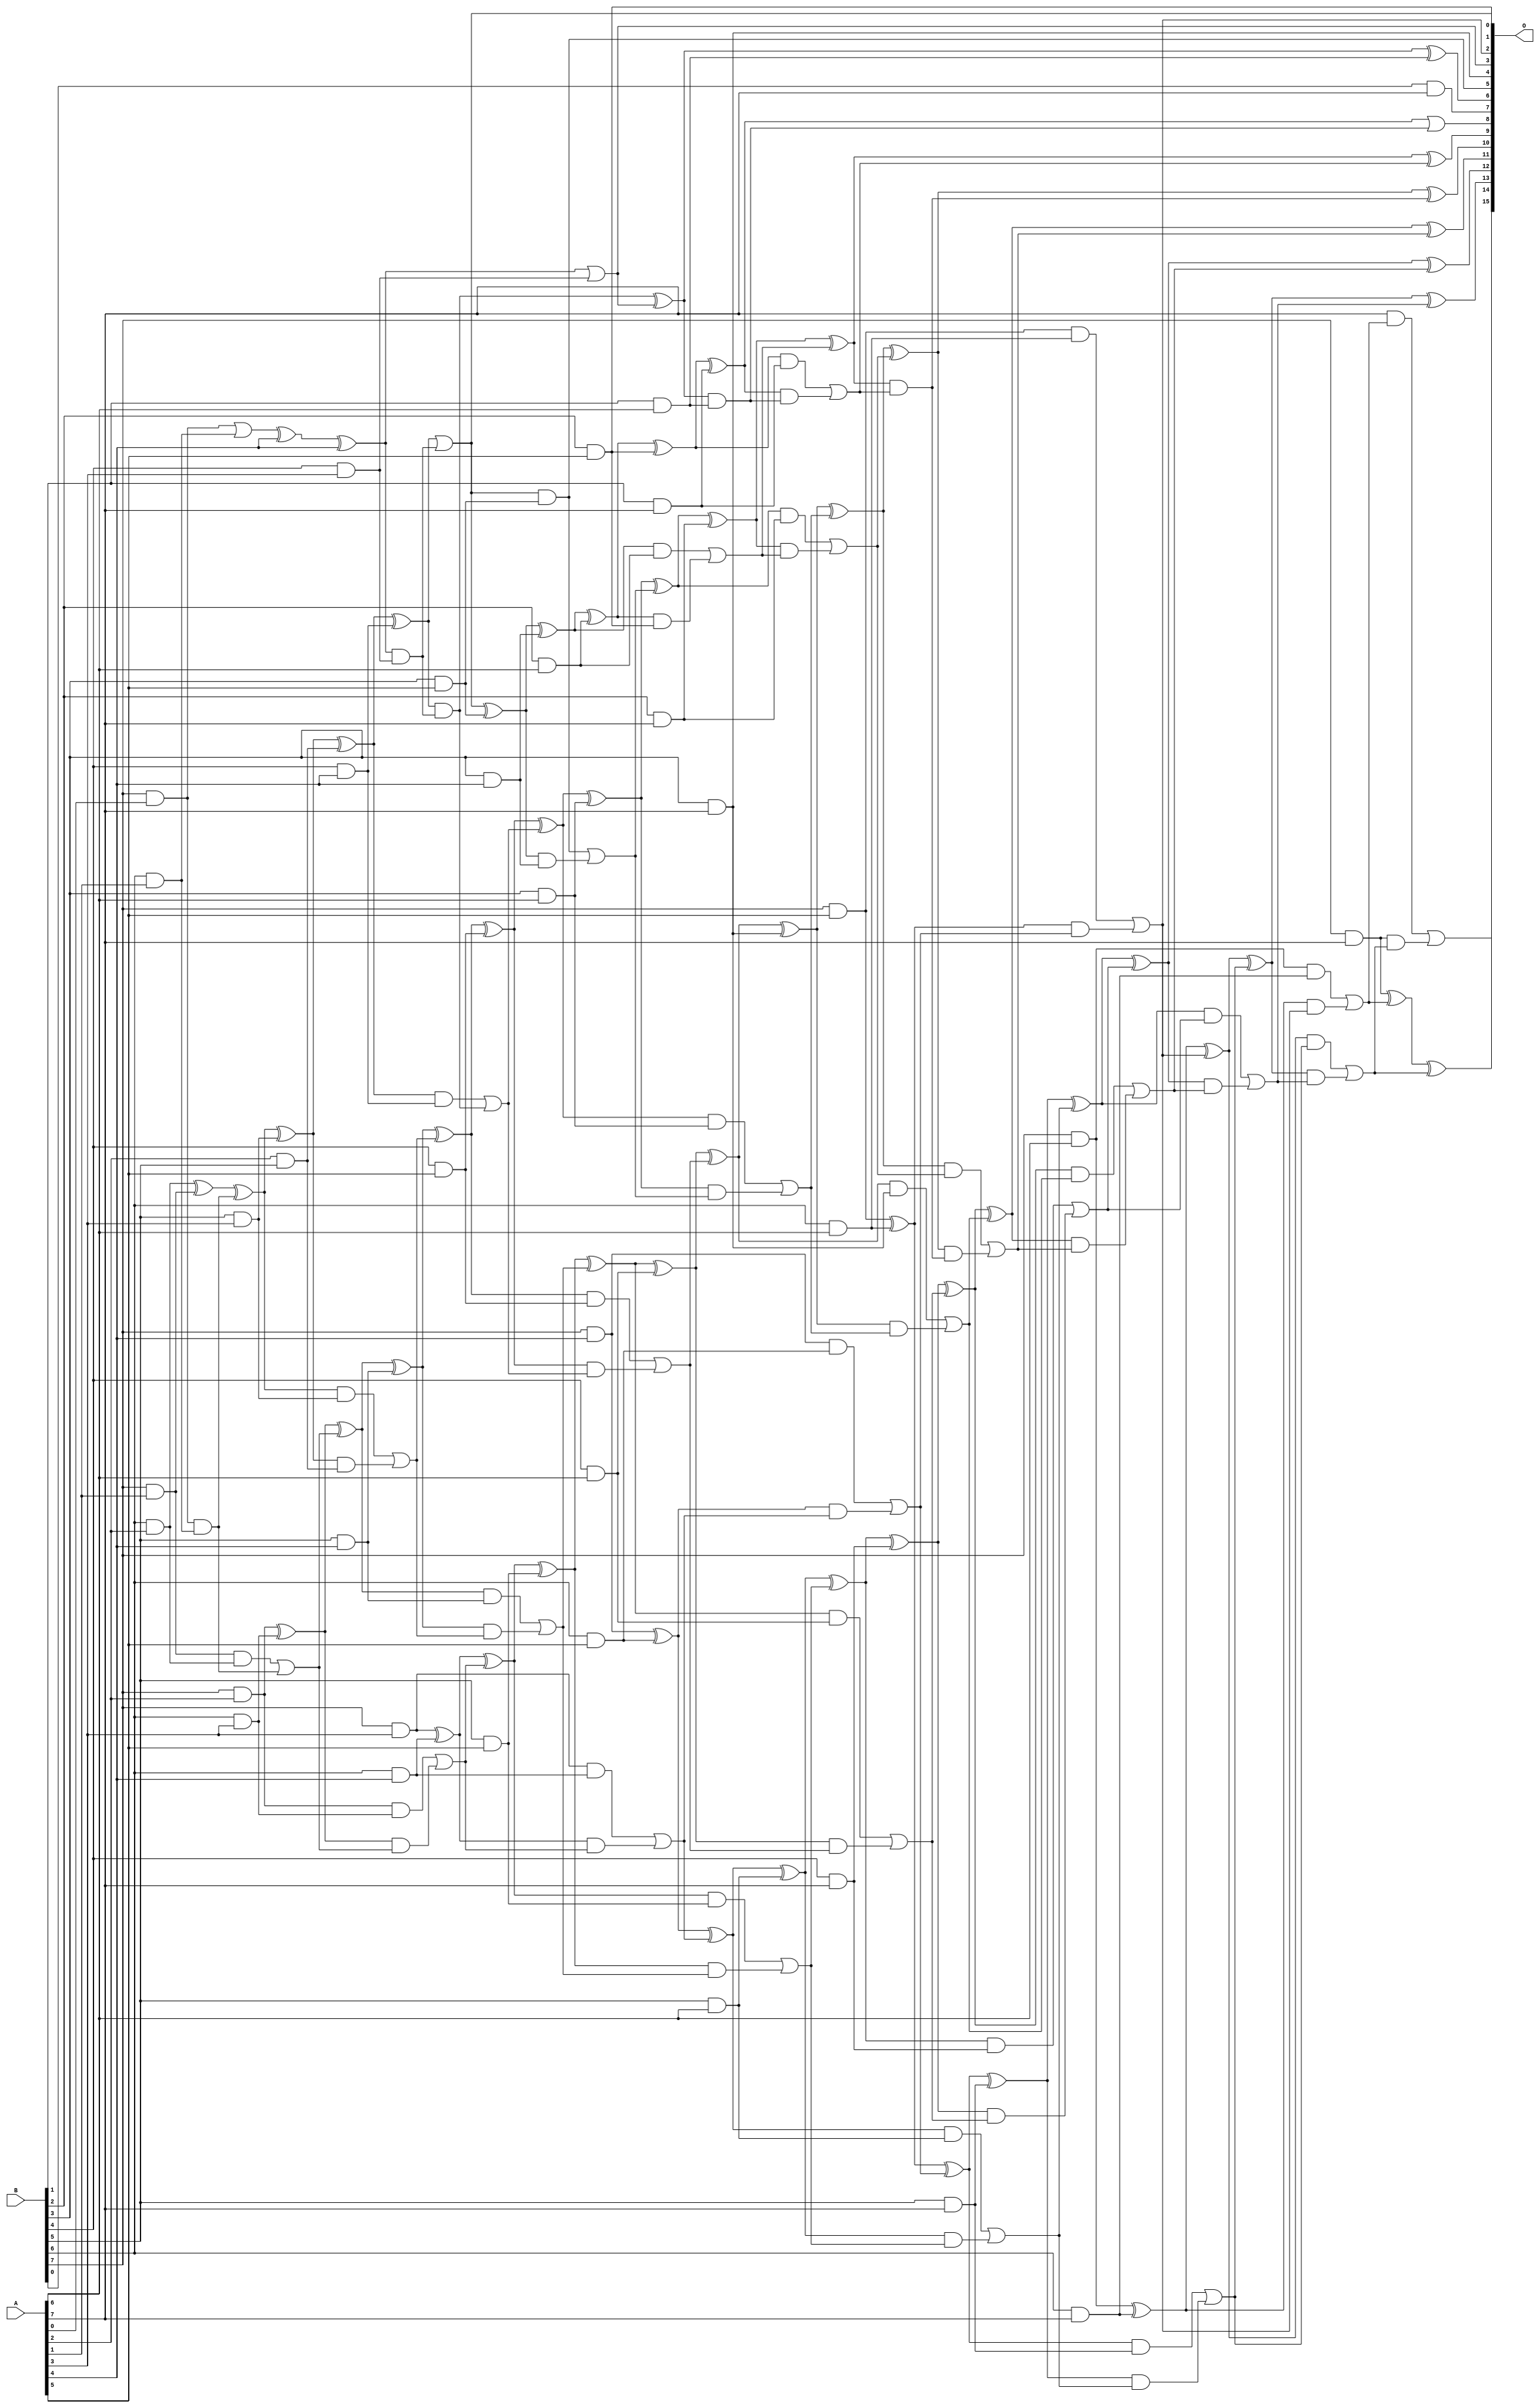
/***
* This code is a part of EvoApproxLib library (ehw.fit.vutbr.cz/approxlib) distributed under The MIT License.
* When used, please cite the following article(s): V. Mrazek, R. Hrbacek, Z. Vasicek and L. Sekanina, "EvoApprox8b: Library of approximate adders and multipliers for circuit design and benchmarking of approximation methods". Design, Automation & Test in Europe Conference & Exhibition (DATE), 2017, Lausanne, 2017, pp. 258-261. doi: 10.23919/DATE.2017.7926993 
* This file contains a circuit from a sub-set of pareto optimal circuits with respect to the pwr and wce parameters
***/
// MAE% = 0.18 %
// MAE = 119 
// WCE% = 0.66 %
// WCE = 431 
// WCRE% = 101.56 %
// EP% = 98.37 %
// MRE% = 4.42 %
// MSE = 21037 
// PDK45_PWR = 0.206 mW
// PDK45_AREA = 395.6 um2
// PDK45_DELAY = 1.34 ns

module mul8u_19DB (
    A,
    B,
    O
);

input [7:0] A;
input [7:0] B;
output [15:0] O;

wire sig_23,sig_24,sig_30,sig_31,sig_44,sig_45,sig_52,sig_53,sig_79,sig_80,sig_82,sig_85,sig_87,sig_88,sig_93,sig_94,sig_95,sig_96,sig_113,sig_117;
wire sig_118,sig_122,sig_123,sig_124,sig_125,sig_126,sig_127,sig_128,sig_129,sig_130,sig_131,sig_136,sig_137,sig_138,sig_139,sig_160,sig_161,sig_162,sig_163,sig_164;
wire sig_165,sig_166,sig_167,sig_168,sig_169,sig_170,sig_171,sig_172,sig_173,sig_174,sig_177,sig_178,sig_179,sig_180,sig_181,sig_182,sig_196,sig_198,sig_199,sig_200;
wire sig_201,sig_202,sig_203,sig_204,sig_205,sig_206,sig_207,sig_208,sig_209,sig_210,sig_211,sig_212,sig_213,sig_214,sig_215,sig_216,sig_217,sig_219,sig_220,sig_221;
wire sig_222,sig_223,sig_224,sig_225,sig_231,sig_232,sig_236,sig_237,sig_238,sig_239,sig_240,sig_241,sig_242,sig_243,sig_244,sig_245,sig_246,sig_247,sig_248,sig_249;
wire sig_250,sig_251,sig_252,sig_253,sig_254,sig_255,sig_256,sig_257,sig_258,sig_259,sig_260,sig_261,sig_262,sig_263,sig_264,sig_265,sig_266,sig_267,sig_268,sig_273;
wire sig_274,sig_275,sig_276,sig_277,sig_278,sig_279,sig_280,sig_281,sig_282,sig_283,sig_284,sig_285,sig_286,sig_287,sig_288,sig_289,sig_290,sig_291,sig_292,sig_293;
wire sig_294,sig_295,sig_296,sig_297,sig_298,sig_299,sig_301,sig_302,sig_303,sig_306,sig_307,sig_311,sig_312,sig_313,sig_314,sig_315,sig_316,sig_317,sig_318,sig_319;
wire sig_320,sig_321,sig_322,sig_323,sig_324,sig_325,sig_326,sig_327,sig_328,sig_329,sig_330,sig_331,sig_332,sig_333,sig_334,sig_335;

assign sig_23 = B[7] & A[0];
assign sig_24 = A[2] & B[5];
assign sig_30 = B[6] & A[1];
assign sig_31 = B[7] & A[1];
assign sig_44 = sig_23 | sig_30;
assign sig_45 = sig_23 & sig_30;
assign sig_52 = B[6] & A[2];
assign sig_53 = B[7] & A[2];
assign sig_79 = sig_44 ^ A[4];
assign sig_80 = sig_52 ^ sig_31;
assign sig_82 = sig_79 ^ A[4];
assign sig_85 = sig_31 & sig_52;
assign sig_87 = sig_80 ^ sig_45;
assign sig_88 = sig_85 | sig_45;
assign sig_93 = B[4] & A[3];
assign sig_94 = B[5] & A[3];
assign sig_95 = B[6] & A[3];
assign sig_96 = B[7] & A[3];
assign sig_113 = B[3] & A[4];
assign sig_117 = sig_82 | sig_93;
assign sig_118 = sig_82 & sig_93;
assign sig_122 = sig_87 ^ sig_94;
assign sig_123 = sig_87 & sig_94;
assign sig_124 = sig_122 & sig_24;
assign sig_125 = sig_122 ^ sig_24;
assign sig_126 = sig_123 | sig_124;
assign sig_127 = sig_53 ^ sig_95;
assign sig_128 = sig_53 & sig_95;
assign sig_129 = sig_127 & sig_88;
assign sig_130 = sig_127 ^ sig_88;
assign sig_131 = sig_128 | sig_129;
assign sig_136 = B[4] & A[4];
assign sig_137 = B[5] & A[4];
assign sig_138 = B[6] & A[4];
assign sig_139 = B[7] & A[4];
assign sig_160 = sig_125 ^ sig_136;
assign sig_161 = sig_125 & sig_136;
assign sig_162 = sig_160 & sig_118;
assign sig_163 = sig_160 | sig_118;
assign sig_164 = sig_161 | sig_162;
assign sig_165 = sig_130 ^ sig_137;
assign sig_166 = sig_130 & sig_137;
assign sig_167 = sig_165 & sig_126;
assign sig_168 = sig_165 ^ sig_126;
assign sig_169 = sig_166 | sig_167;
assign sig_170 = sig_96 ^ sig_138;
assign sig_171 = sig_96 & sig_138;
assign sig_172 = sig_170 & sig_131;
assign sig_173 = sig_170 ^ sig_131;
assign sig_174 = sig_171 | sig_172;
assign sig_177 = B[2] & A[5];
assign sig_178 = B[3] & A[5];
assign sig_179 = B[4] & A[5];
assign sig_180 = B[5] & A[5];
assign sig_181 = B[6] & A[5];
assign sig_182 = B[7] & A[5];
assign sig_196 = sig_162 ^ sig_117;
assign sig_198 = sig_163 ^ sig_178;
assign sig_199 = sig_163 & sig_178;
assign sig_200 = sig_198 & sig_113;
assign sig_201 = sig_198 ^ sig_113;
assign sig_202 = sig_199 | sig_200;
assign sig_203 = sig_168 ^ sig_179;
assign sig_204 = sig_168 & sig_179;
assign sig_205 = sig_203 & sig_164;
assign sig_206 = sig_203 ^ sig_164;
assign sig_207 = sig_204 | sig_205;
assign sig_208 = sig_173 ^ sig_180;
assign sig_209 = sig_173 & sig_180;
assign sig_210 = sig_208 & sig_169;
assign sig_211 = sig_208 ^ sig_169;
assign sig_212 = sig_209 | sig_210;
assign sig_213 = sig_139 ^ sig_181;
assign sig_214 = sig_139 & sig_181;
assign sig_215 = sig_213 & sig_174;
assign sig_216 = sig_213 ^ sig_174;
assign sig_217 = sig_214 | sig_215;
assign sig_219 = B[1] & A[6];
assign sig_220 = B[2] & A[6];
assign sig_221 = B[3] & A[6];
assign sig_222 = B[4] & A[6];
assign sig_223 = B[5] & A[6];
assign sig_224 = B[6] & A[6];
assign sig_225 = B[7] & A[6];
assign sig_231 = sig_196 ^ sig_219;
assign sig_232 = sig_196 & sig_219;
assign sig_236 = sig_201 ^ sig_220;
assign sig_237 = sig_201 & sig_220;
assign sig_238 = sig_236 & sig_177;
assign sig_239 = sig_236 ^ sig_177;
assign sig_240 = sig_237 | sig_238;
assign sig_241 = sig_206 ^ sig_221;
assign sig_242 = sig_206 & sig_221;
assign sig_243 = sig_241 & sig_202;
assign sig_244 = sig_241 ^ sig_202;
assign sig_245 = sig_242 | sig_243;
assign sig_246 = sig_211 ^ sig_222;
assign sig_247 = sig_211 & sig_222;
assign sig_248 = sig_246 & sig_207;
assign sig_249 = sig_246 ^ sig_207;
assign sig_250 = sig_247 | sig_248;
assign sig_251 = sig_216 ^ sig_223;
assign sig_252 = sig_216 & sig_223;
assign sig_253 = sig_251 & sig_212;
assign sig_254 = sig_251 ^ sig_212;
assign sig_255 = sig_252 | sig_253;
assign sig_256 = sig_182 ^ sig_224;
assign sig_257 = sig_182 & sig_224;
assign sig_258 = sig_256 & sig_217;
assign sig_259 = sig_256 ^ sig_217;
assign sig_260 = sig_257 | sig_258;
assign sig_261 = B[0] & A[7];
assign sig_262 = B[1] & A[7];
assign sig_263 = B[2] & A[7];
assign sig_264 = B[3] & A[7];
assign sig_265 = B[4] & A[7];
assign sig_266 = B[5] & A[7];
assign sig_267 = B[6] & A[7];
assign sig_268 = B[7] & A[7];
assign sig_273 = sig_225 & sig_267;
assign sig_274 = sig_239 ^ sig_262;
assign sig_275 = sig_239 & sig_262;
assign sig_276 = sig_274 & sig_232;
assign sig_277 = sig_274 | sig_232;
assign sig_278 = sig_275 | sig_276;
assign sig_279 = sig_244 ^ sig_263;
assign sig_280 = sig_244 & sig_263;
assign sig_281 = sig_279 & sig_240;
assign sig_282 = sig_279 ^ sig_240;
assign sig_283 = sig_280 | sig_281;
assign sig_284 = sig_249 ^ sig_264;
assign sig_285 = sig_249 & sig_264;
assign sig_286 = sig_284 & sig_245;
assign sig_287 = sig_284 ^ sig_245;
assign sig_288 = sig_285 | sig_286;
assign sig_289 = sig_254 ^ sig_265;
assign sig_290 = sig_254 & sig_265;
assign sig_291 = sig_289 & sig_250;
assign sig_292 = sig_289 ^ sig_250;
assign sig_293 = sig_290 | sig_291;
assign sig_294 = sig_259 ^ sig_266;
assign sig_295 = sig_259 & sig_266;
assign sig_296 = sig_294 & sig_255;
assign sig_297 = sig_294 ^ sig_255;
assign sig_298 = sig_295 | sig_296;
assign sig_299 = sig_225 ^ sig_267;
assign sig_301 = sig_299 & sig_260;
assign sig_302 = sig_299 ^ sig_260;
assign sig_303 = sig_273 | sig_301;
assign sig_306 = sig_282 ^ sig_278;
assign sig_307 = sig_282 & sig_278;
assign sig_311 = sig_287 ^ sig_283;
assign sig_312 = sig_287 & sig_283;
assign sig_313 = sig_311 & sig_307;
assign sig_314 = sig_311 ^ sig_307;
assign sig_315 = sig_312 | sig_313;
assign sig_316 = sig_292 ^ sig_288;
assign sig_317 = sig_292 & sig_288;
assign sig_318 = sig_316 & sig_315;
assign sig_319 = sig_316 ^ sig_315;
assign sig_320 = sig_317 | sig_318;
assign sig_321 = sig_297 ^ sig_293;
assign sig_322 = sig_297 & sig_293;
assign sig_323 = sig_321 & sig_320;
assign sig_324 = sig_321 ^ sig_320;
assign sig_325 = sig_322 | sig_323;
assign sig_326 = sig_302 ^ sig_298;
assign sig_327 = sig_302 & sig_298;
assign sig_328 = sig_326 & sig_325;
assign sig_329 = sig_326 ^ sig_325;
assign sig_330 = sig_327 | sig_328;
assign sig_331 = sig_268 ^ sig_303;
assign sig_332 = A[7] & sig_303;
assign sig_333 = sig_268 & sig_330;
assign sig_334 = sig_331 ^ sig_330;
assign sig_335 = sig_332 | sig_333;

assign O[15] = sig_335;
assign O[14] = sig_334;
assign O[13] = sig_329;
assign O[12] = sig_324;
assign O[11] = sig_319;
assign O[10] = sig_314;
assign O[9] = sig_306;
assign O[8] = sig_277;
assign O[7] = sig_261;
assign O[6] = sig_231;
assign O[5] = sig_199;
assign O[4] = sig_264;
assign O[3] = sig_117;
assign O[2] = sig_260;
assign O[1] = sig_163;
assign O[0] = sig_177;

endmodule